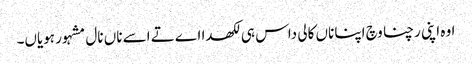
اوہ اپنی رچنا وچ اپنا ناں کالی داس ہی لکھدا اے تے اسے ناں نال مشہور ہویاں۔